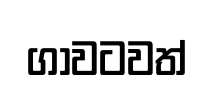
ගාවටවත්